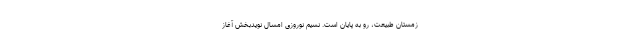
زمستانِ طبیعت، رو به پایان است. نسیم نوروزیِ امسال نویدبخشِ آغازِ